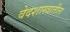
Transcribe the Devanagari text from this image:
वेदशास्त्रातील